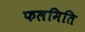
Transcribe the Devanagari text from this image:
फलमिति